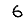
Digit: 6